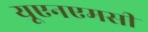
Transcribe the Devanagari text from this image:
यूएनएमसी